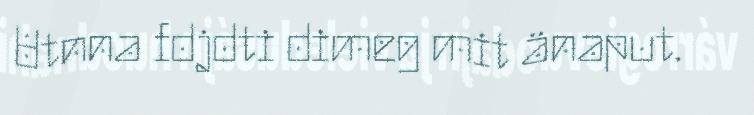
Utnna fdjdti dimeg mit änaput.